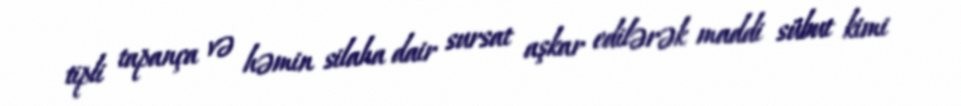
tipli tapança və həmin silaha dair sursat aşkar edilərək maddi sübut kimi